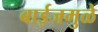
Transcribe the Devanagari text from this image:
बाईजमुळे